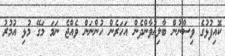
ކޮއިފުޅުގެ ވިސްނުން ބާލިޢުވާންދެން އަހަރެން ހުންނަން ވެއްޖެ ނަމަ މަގޭ މުޅި އުމުރު